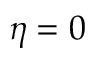
\eta = 0